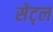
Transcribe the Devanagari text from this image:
सेट्ल